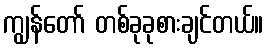
ကျွန်တော် တစ်ခုခုစားချင်တယ်။